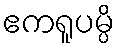
ဧကရူပမ္ပိ